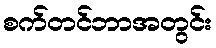
စက်တင်ဘာအတွင်း